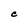
Character: C